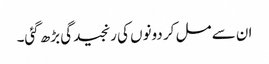
ان سے مل کر دونوں کی رنجیدگی بڑھ گئی۔